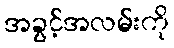
အခွင့်အလမ်းကို